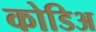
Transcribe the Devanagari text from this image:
कोडिअ